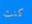
كنت